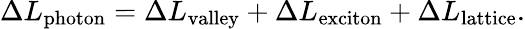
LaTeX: \Delta L_{\mathrm{photon}}=\Delta L_{\mathrm{valley}}+\Delta L_{\mathrm{exciton}}+\Delta L_{\mathrm{lattice}}.